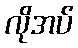
လိုအပ်